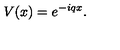
V ( x ) = e ^ { - i q x } .